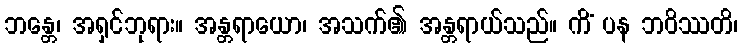
ဘန္တေ၊ အရှင်ဘုရား။ အန္တရာယော၊ အသက်၏ အန္တရာယ်သည်။ ကိံ ပန ဘဝိဿတိ၊